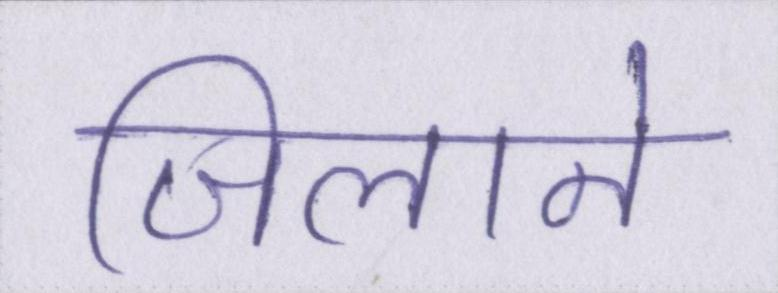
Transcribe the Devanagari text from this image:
जिलाने